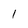
Character: 1